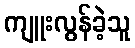
ကျူးလွန်ခဲ့သူ